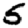
Digit: 5